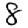
Digit: 8